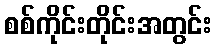
စစ်ကိုင်းတိုင်းအတွင်း